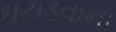
ઘટાડવાના